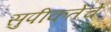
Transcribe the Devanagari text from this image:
सुपीकतेचे